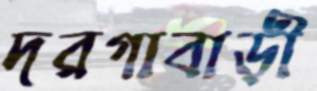
দরগাবাড়ী